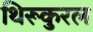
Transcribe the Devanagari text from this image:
थिरूकुरल